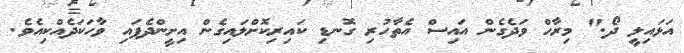
އަޅައިލީ ދޯ." މިރާހް ވަދެގެން އައިސް އެތާހުރި ގޮނޑި ކައިރިކޮށްލައިގެން އިށީންދެފައި ވާހަކަދެއްކިއެވެ.